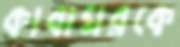
কাবাঘরকে